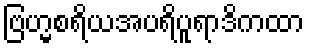
ဗြဟ္မစရိယအပရိပူရာဒိကထာ